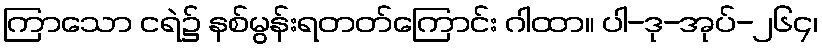
ကြာသော ငရဲ၌ နစ်မွန်းရတတ်ကြောင်း ဂါထာ။ ပါ-ဒု-အုပ်-၂၆၄၊